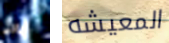
أبالى المعيشه